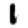
Digit: 1